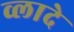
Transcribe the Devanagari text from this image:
व्लादे